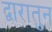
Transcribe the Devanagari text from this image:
द्वारातुन